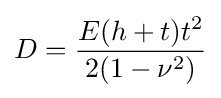
D={\frac {E(h+t)t^{2}}{2(1-\nu ^{2})}}